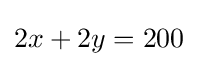
2x+2y=200